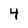
Character: 4